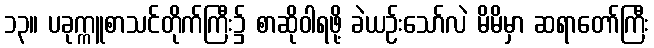
၁၃။ ပခုက္ကူစာသင်တိုက်ကြီး၌ စာဆိုဝါရဖို့ ခဲယဉ်းသော်လဲ မိမိမှာ ဆရာတော်ကြီး